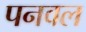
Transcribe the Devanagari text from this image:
पनवल